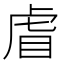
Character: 𮶺